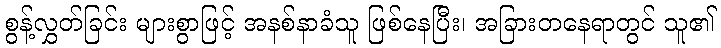
စွန့်လွှတ်ခြင်း များစွာဖြင့် အနစ်နာခံသူ ဖြစ်နေပြီး၊ အခြားတနေရာတွင် သူ၏